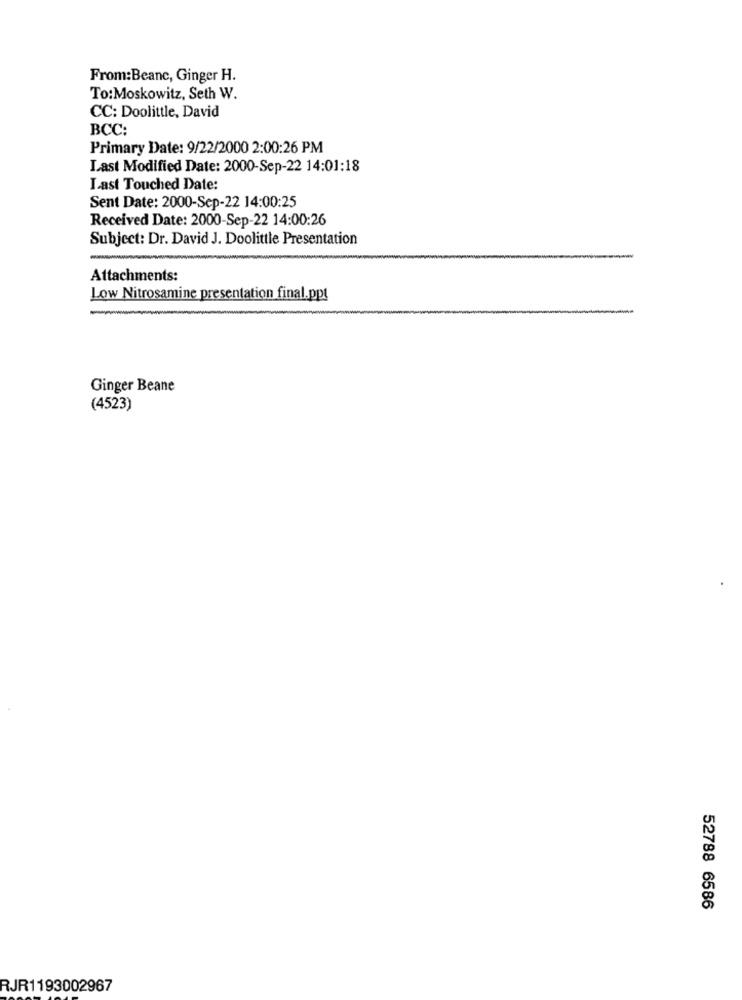
From:Beanc, Ginger H.
To:Moskowitz, Seth W.
CC: Doolittle, David
BCC:
Primary Date: 9/22/2000 2:00:26 PM
Last Modified Date: 2000-Sep-22 14:01:18
Last Touched Date:
Sent Date: 2000-Sep-22 14:00:25
Received Date: 2000-Sep-22 14:00:26
Subject: Dr. David J. Doolittle Presentation
Attachments:
Low Nitrosamine presentation final.ppt
Ginger Beane
(4523)
52788 6586
RJR1193002967